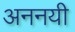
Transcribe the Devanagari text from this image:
अननयी